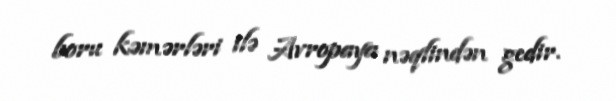
boru kəmərləri ilə Avropaya nəqlindən gedir.